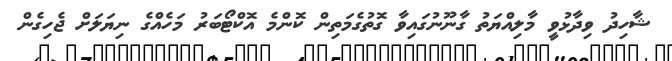
ޝާހިދު ވިދާޅުވީ މާލިއްޔަތު ގާނޫނުގައިވާ ގޮތުގެމަތިން ކޮންމެ އޮކްޓޯބަރު މަހެއްގެ ނިޔަލަށް ޖެހިގެން